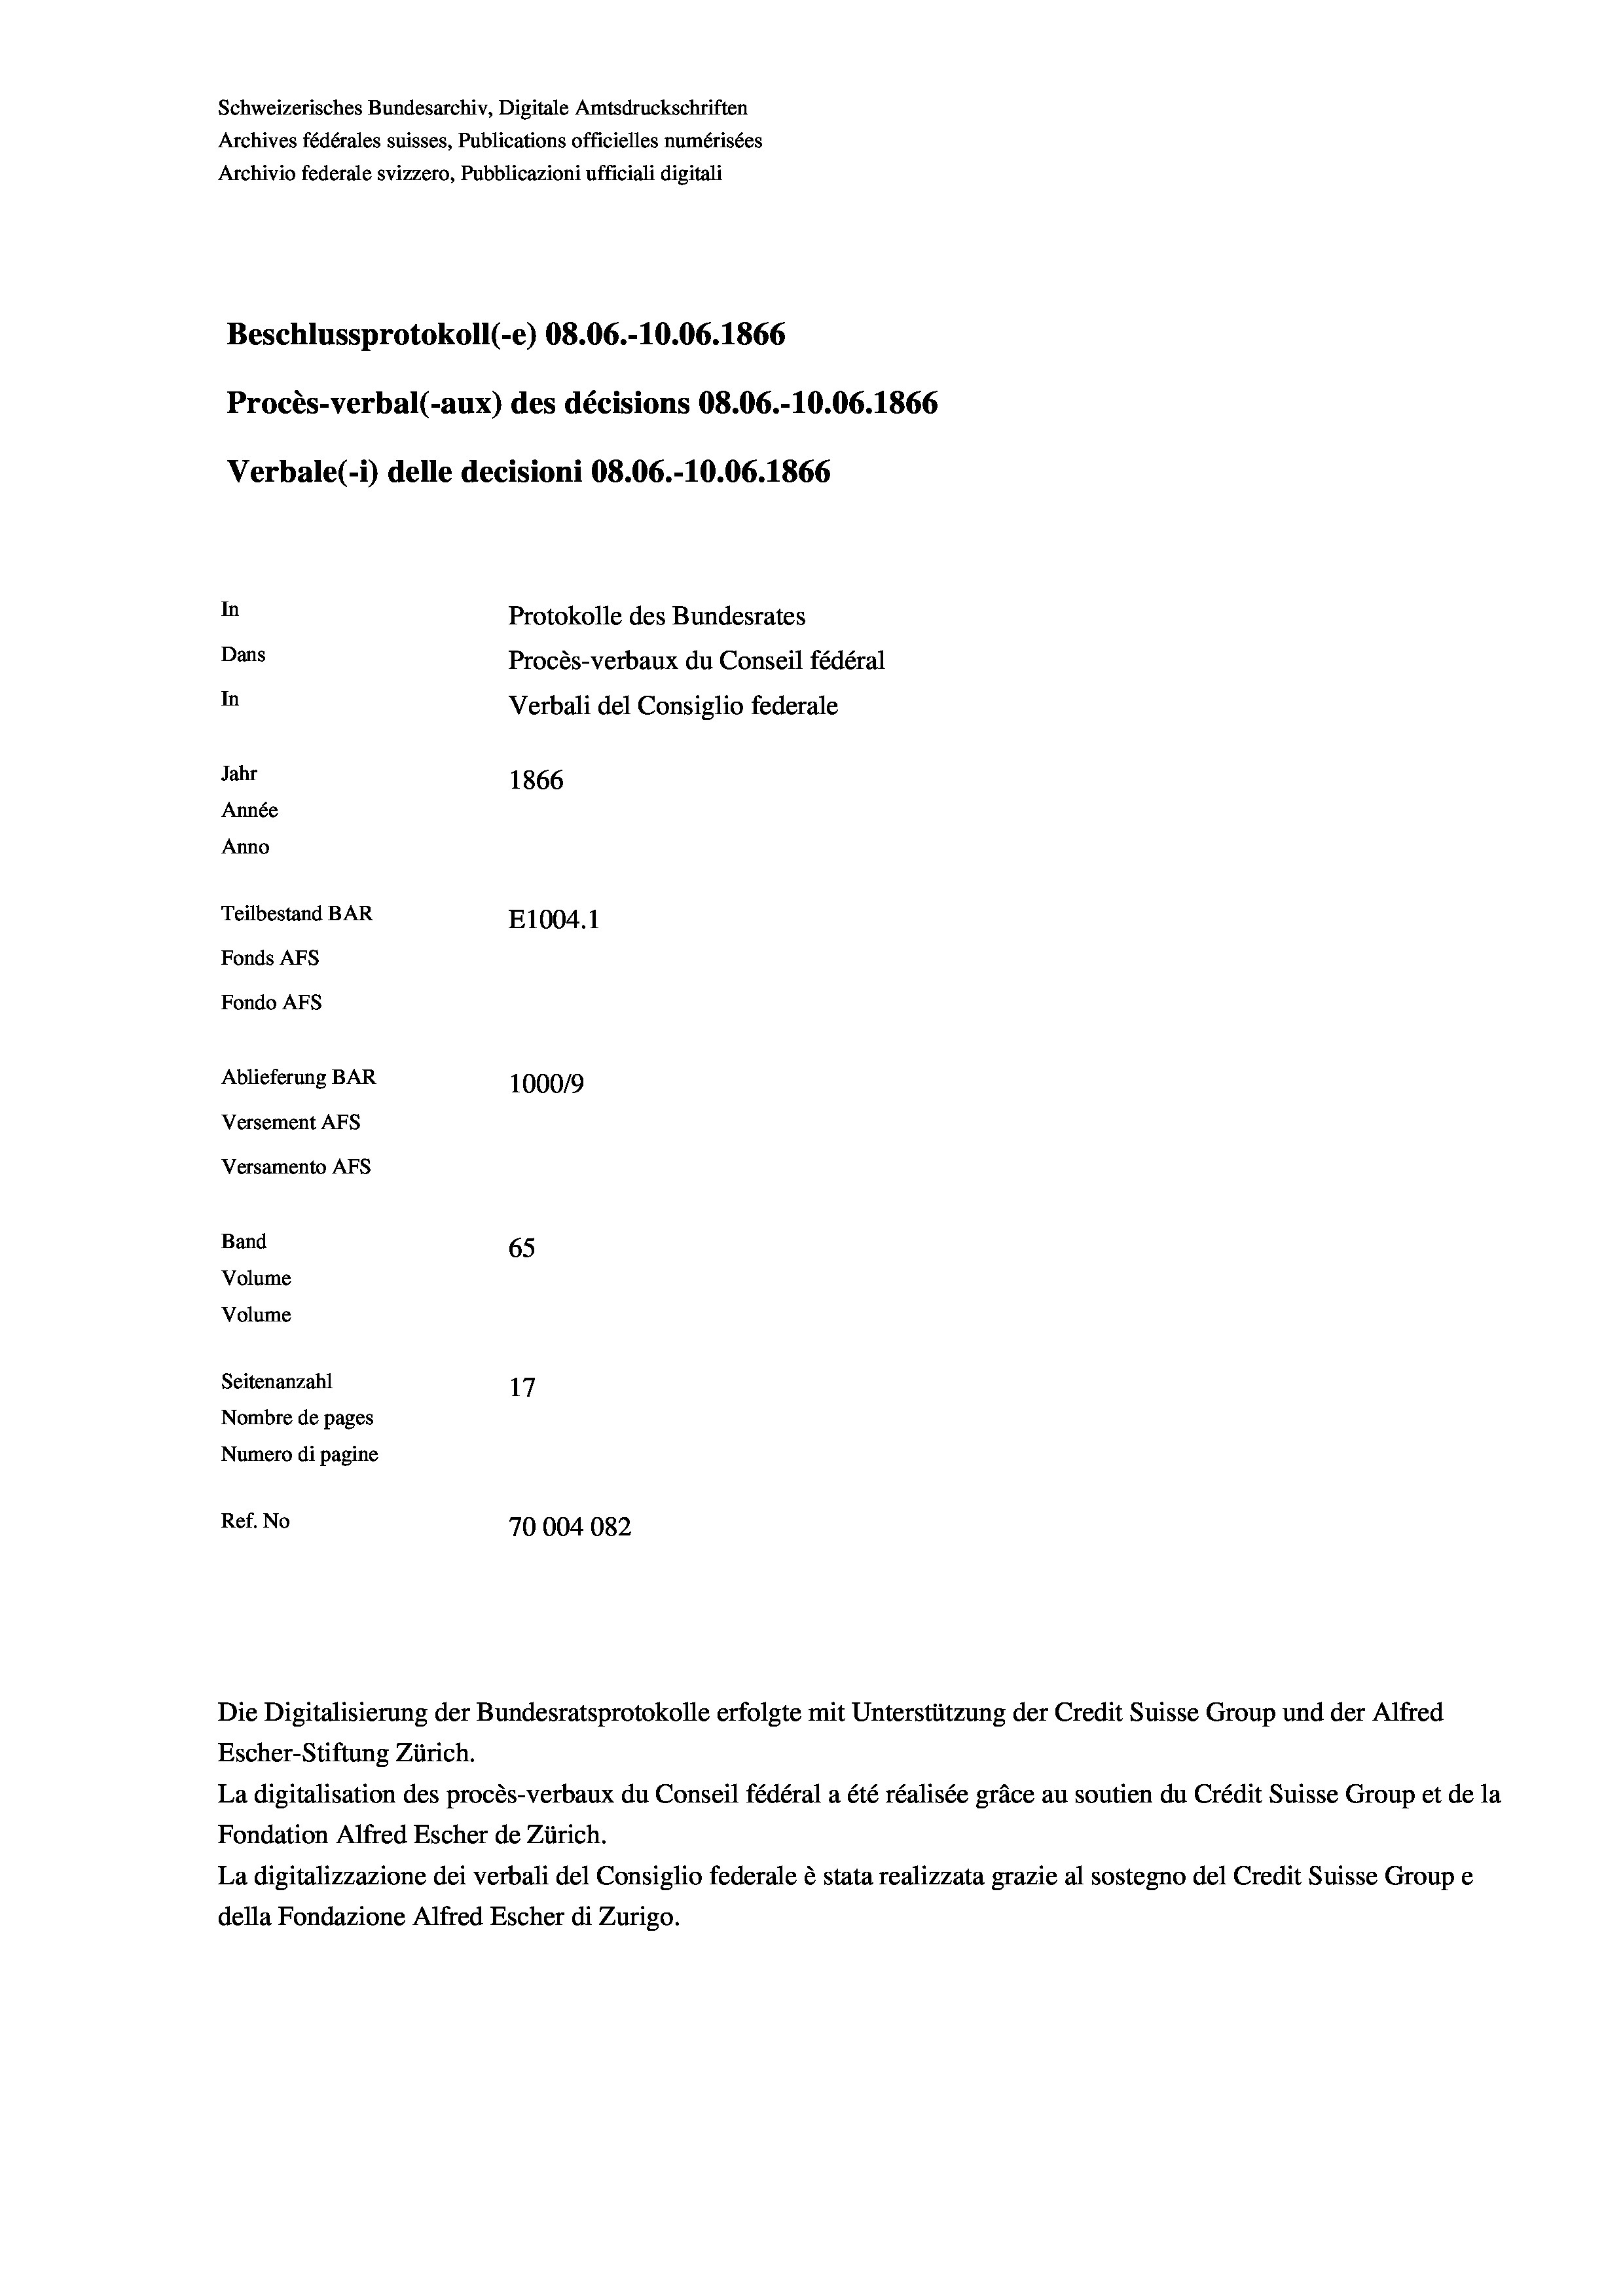
Schweizerisches Bundesarchiv, Digitale Amtsdruckschriften
Archives fédérales suisses, Publications officielles numérisées
Archivio federale svizzero, Pubblicazioni ufficiali digitali
Beschlussprotokoll (-e) 08.06.-10.06. 1866
Procès-verbal (-aux) des décisions 08.06.-10.06. 1866
Verbale (i) delle decisioni 08.06.-10.06. 1866
In
Protokolle des Bundesrates
Dans
Procès-verbaux du Conseil fédéral
In
Verbali del Consiglio federale
Jahr
1866
Année
Anno
Teilbestand BAR
E1004.1
Fonds AFs
Fondo Afs
Ablieferung BAR
100019
Versement AFs
Versamento AFs
Band
65

Volume
Volume

Seitenanzahl
17
Nombre de pages
Numero di pagine
Ref. No
70004082

Escher-Stiftung Zürich.
La digitalisation des procès-verbaux du Conseil fédéral a été réalisée gräce au soutien du Crédit Suisse Group et de la
Fondation Alfred Escher de Zürich.
La digitalizzazione dei verbali del Consiglio federale è stata realizzata grazie al sostegno del Credit Suisse Groupe
della Fondazione Alfred Escher di Zurigo.

Die Digitalisierung der Bundesratsprotokolle erfolgte mit Unterstützung der Credit Suisse Group und der Alfred